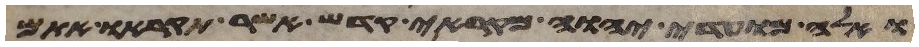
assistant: ואלה מועדי יהוה מקראי קדש אשר תקראו אתם